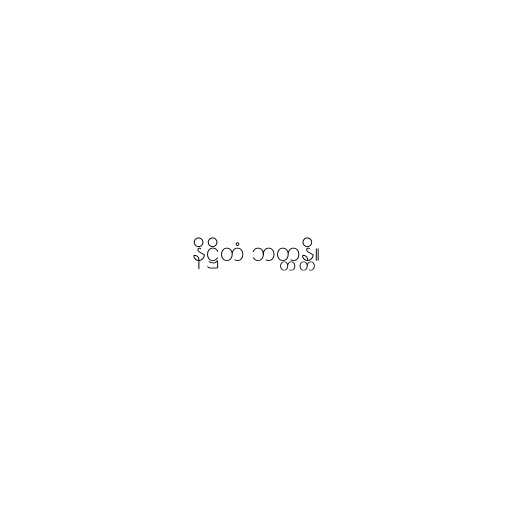
နိဋ္ဌိတံ ဘတ္တန္တိ။